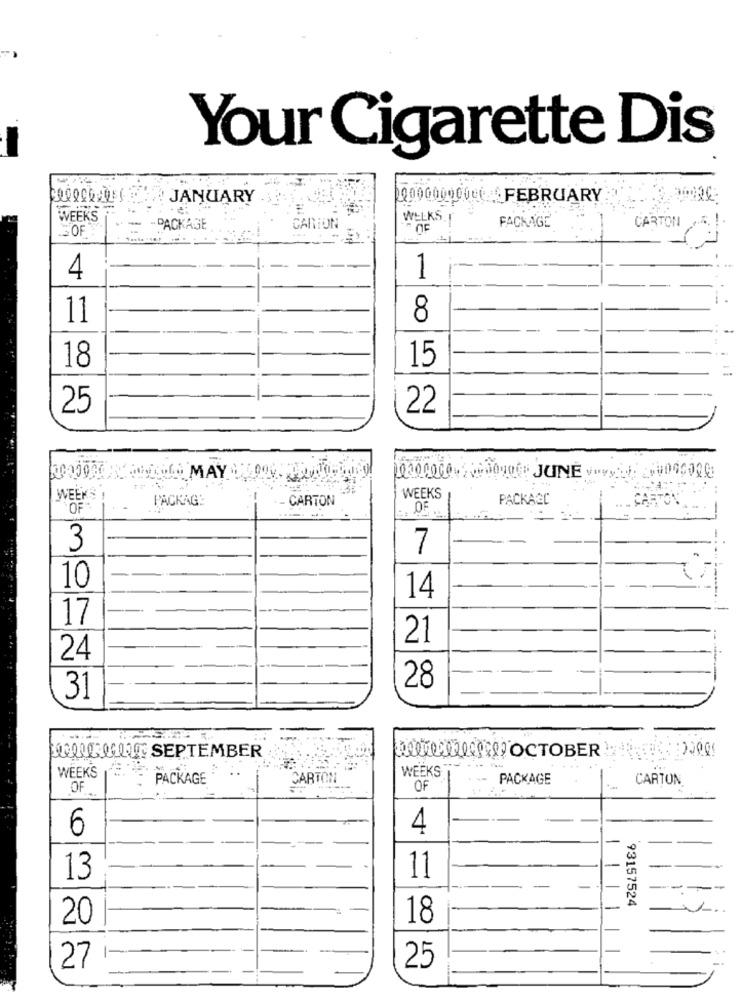
Your Cigarette Dis
JANUARY
00000000000 FEBRUARY
WEEKS
WELKS.
CARTON
OF
PACKAGE
CARION
OF
PACKAGE
4
1
11
8
18
15
25
22
WEEKS
PACKAG:
- CARTON
WEEKS
PACKAGE
OF
1
3
7
10
14
17
21
24
28
31
WHATALLT SEPTEMBER
WEEKS
WEEKS
PACKAGE
CARTON
-
PACKAGE
CARTON
OF
OF
6
4
13
11
-
-
-
93157524
20
18
27
25